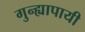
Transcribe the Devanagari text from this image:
गुन्ह्यापायी